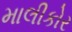
માલીકોર